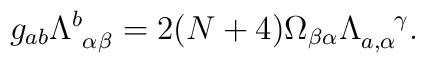
g_{ab} \Lambda_{~\alpha \beta}^{b} = 2 (N+4) \Omega_{\beta \alpha}    \Lambda_{a,\alpha}^{~~~\gamma}.